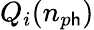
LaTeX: Q_{i}(n_{p\mathsf{h}})